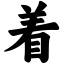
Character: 着